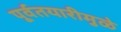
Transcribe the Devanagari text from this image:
पूर्वतयारीमुळे